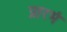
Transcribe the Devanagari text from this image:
प्रारभं